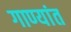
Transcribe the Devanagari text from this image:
गाण्यांत